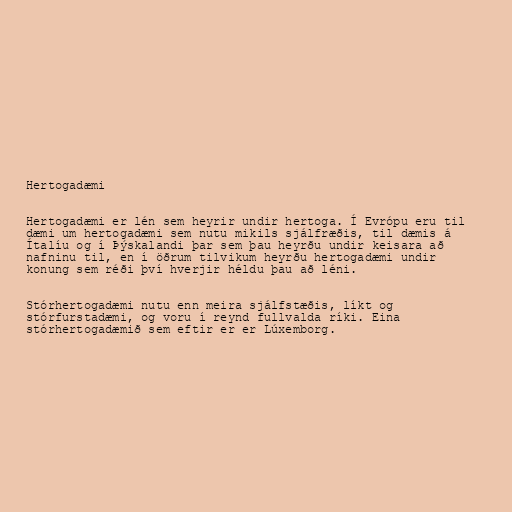
Hertogadæmi

Hertogadæmi er lén sem heyrir undir hertoga. Í Evrópu eru til
dæmi um hertogadæmi sem nutu mikils sjálfræðis, til dæmis á
Ítalíu og í Þýskalandi þar sem þau heyrðu undir keisara að
nafninu til, en í öðrum tilvikum heyrðu hertogadæmi undir
konung sem réði því hverjir héldu þau að léni.

Stórhertogadæmi nutu enn meira sjálfstæðis, líkt og
stórfurstadæmi, og voru í reynd fullvalda ríki. Eina
stórhertogadæmið sem eftir er er Lúxemborg.